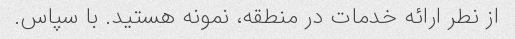
از نطر ارائه خدمات در منطقه، نمونه هستید. با سپاس.